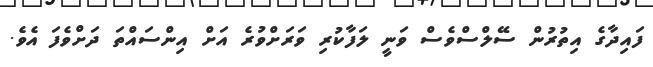
ފައިދާގެ އިތުރުން ސޭލްސްވެސް ވަނީ ލަފާކުރި ވަރަށްވުރެ އަށް އިންސައްތަ ދަށްވެފަ އެވެ.